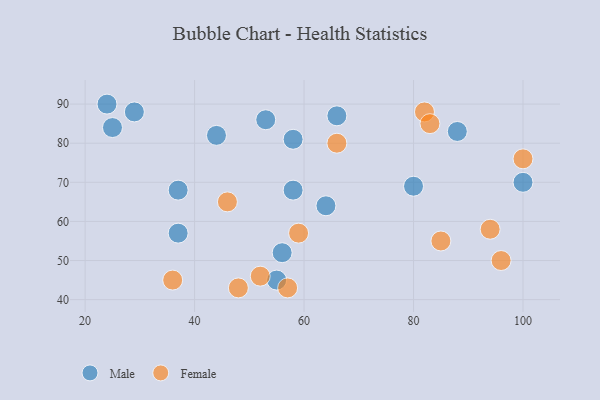
{"axis": {"x": "GDP", "y": "Life Expectancy"}, "legend": ["Female", "Male"], "data": [{"x": "37", "y": 57, "type": "Male"}, {"x": "100", "y": 70, "type": "Male"}, {"x": "37", "y": 68, "type": "Male"}, {"x": "58", "y": 81, "type": "Male"}, {"x": "64", "y": 64, "type": "Male"}, {"x": "56", "y": 52, "type": "Male"}, {"x": "29", "y": 88, "type": "Male"}, {"x": "44", "y": 82, "type": "Male"}, {"x": "88", "y": 83, "type": "Male"}, {"x": "58", "y": 68, "type": "Male"}, {"x": "66", "y": 87, "type": "Male"}, {"x": "80", "y": 69, "type": "Male"}, {"x": "25", "y": 84, "type": "Male"}, {"x": "53", "y": 86, "type": "Male"}, {"x": "55", "y": 45, "type": "Male"}, {"x": "24", "y": 90, "type": "Male"}, {"x": "57", "y": 43, "type": "Female"}, {"x": "82", "y": 88, "type": "Female"}, {"x": "59", "y": 57, "type": "Female"}, {"x": "52", "y": 46, "type": "Female"}, {"x": "85", "y": 55, "type": "Female"}, {"x": "36", "y": 45, "type": "Female"}, {"x": "46", "y": 65, "type": "Female"}, {"x": "96", "y": 50, "type": "Female"}, {"x": "94", "y": 58, "type": "Female"}, {"x": "100", "y": 76, "type": "Female"}, {"x": "48", "y": 43, "type": "Female"}, {"x": "83", "y": 85, "type": "Female"}, {"x": "66", "y": 80, "type": "Female"}]}